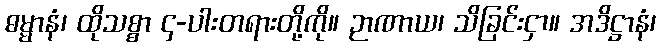
ဓမ္မာနံ၊ ထိုသစ္စာ ၄-ပါးတရားတို့ကို။ ဉာဏာယ၊ သိခြင်းငှာ။ အဒိဋ္ဌာနံ၊